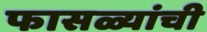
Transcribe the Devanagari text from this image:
फासळ्यांची